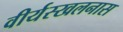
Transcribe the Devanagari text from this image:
वीर्यस्खलनास